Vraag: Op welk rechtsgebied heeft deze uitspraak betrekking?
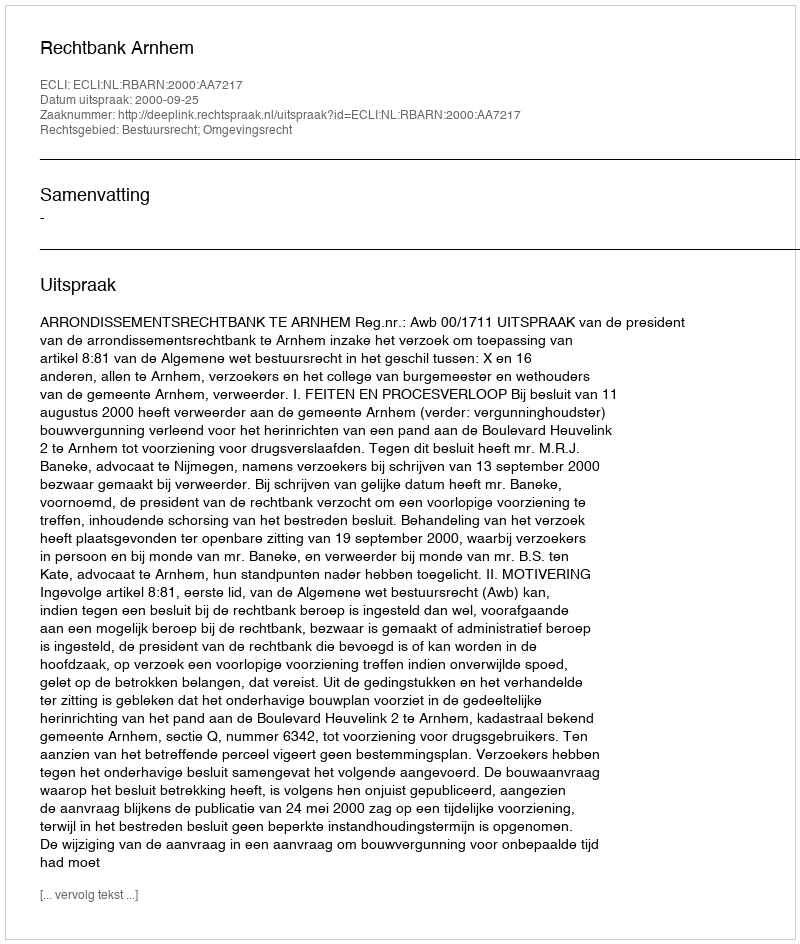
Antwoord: Bestuursrecht; Omgevingsrecht